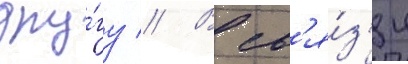
дру́гу // В св'я́з'и